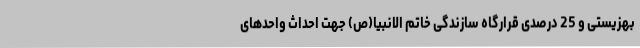
بهزیستی و 25 درصدی قرارگاه سازندگی خاتم الانبیا(ص) جهت احداث واحدهای